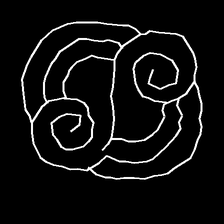
Glyph: wind-underfoot